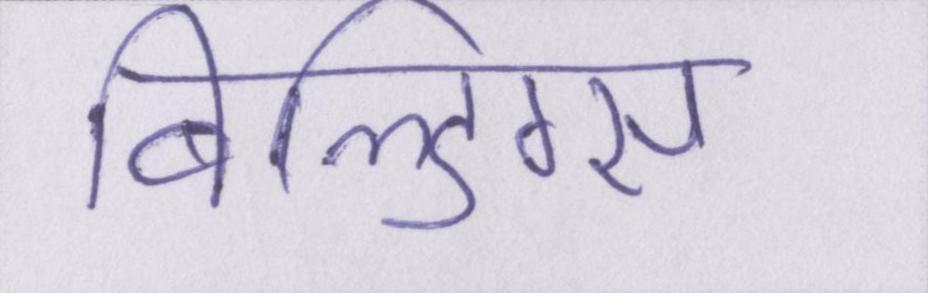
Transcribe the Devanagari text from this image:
बिल्डिंग्स